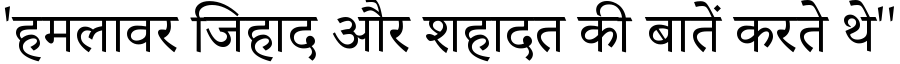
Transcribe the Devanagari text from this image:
'हमलावर जिहाद और शहादत की बातें करते थे''